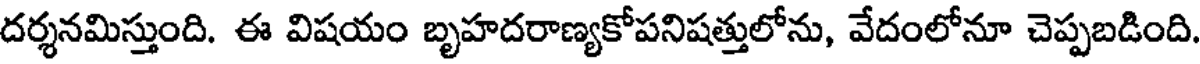
దర్శనమిస్తుంది. ఈ విషయం బృహదరాణ్యకోపనిషత్తులోను, వేదంలోనూ చెప్పబడింది